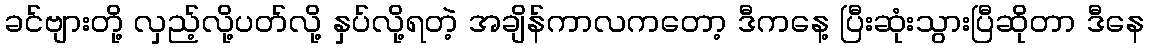
ခင်ဗျားတို့ လှည့်လို့ပတ်လို့ နှပ်လို့ရတဲ့ အချိန်ကာလကတော့ ဒီကနေ့ ပြီးဆုံးသွားပြီဆိုတာ ဒီနေ